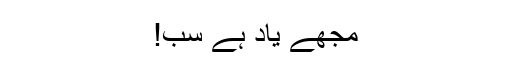
مجھے یاد ہے سب!